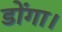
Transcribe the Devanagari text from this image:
डोंगा।